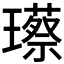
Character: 𮴸